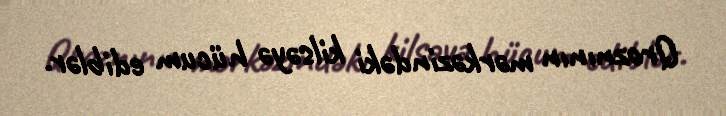
Qroznının mərkəzindəki kilsəyə hücum ediblər.